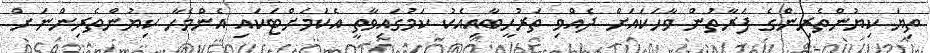
ތިޔަ ކިޔުންތެރިންގެ ފަރާތުން ވާހަކައަށް ދެއްވި ތަރުހީބާއިއެކު ކަމުގައިވާތީ އެކަމަށްޓަކައި އެންމެހާ ކިޔުންތެރިންނަށް